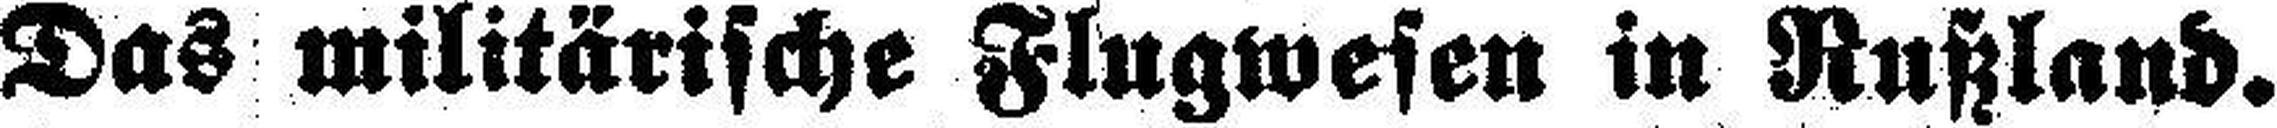
Das militärische Flugwesen in Rußland.